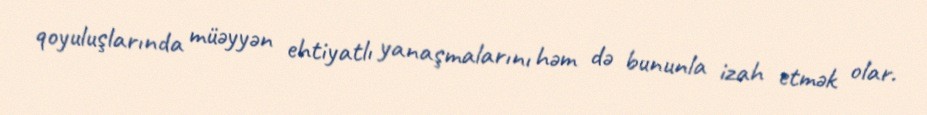
qoyuluşlarında müəyyən ehtiyatlı yanaşmalarını həm də bununla izah etmək olar.